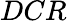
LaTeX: DCR